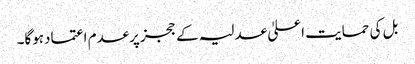
بل کی حمایت اعلیٰ عدلیہ کے ججزپرعدم اعتمادہوگا۔